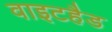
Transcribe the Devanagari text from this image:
वाइटहैड